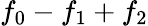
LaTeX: f_{0}-f_{1}+f_{2}